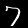
Digit: 7